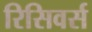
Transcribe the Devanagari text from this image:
रिसिवर्स